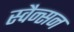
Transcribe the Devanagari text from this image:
स्वैन्सन